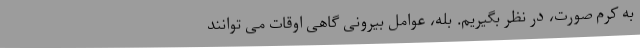
به کرم صورت، در نظر بگیریم. بله، عوامل بیرونی گاهی اوقات می توانند